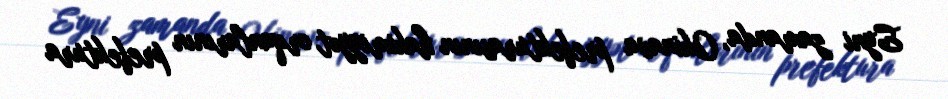
Eyni zamanda, Okinava prefekturasının hakimiyyət orqanlarının prefektura